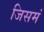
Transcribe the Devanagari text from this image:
जिसमं